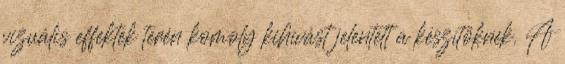
vizuális effektek terén komoly kihívást jelentett a készítőknek. A